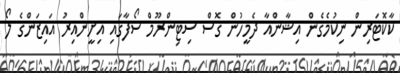
ކާކޮޓަރިން ނިކުމެގެން އިޝާންއާ ދެމީހުން ގޮސް ސިޓިންރޫމް ސޯފާގައި އިށީންއިރު އައިޒަންގެ ލޯ